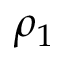
\rho _ { 1 }